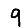
Digit: 9